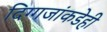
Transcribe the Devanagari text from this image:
दिग्गजांकडेही